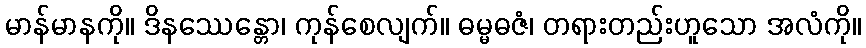
မာန်မာနကို။ ဒိနဿေန္တော၊ ကုန်စေလျက်။ ဓမ္မဓဇံ၊ တရားတည်းဟူသော အလံကို။